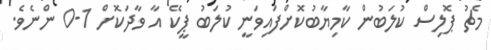
މެޗު ޕޮލިސް ކުލަބުން ކާމިޔާބުކޮށްފައިވަނީ ކުލަބު ޕީކޭ އާ ވާދަކޮށް 1-0 ންނެވެ.